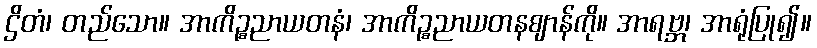
ဌိတံ၊ တည်သော။ အာကိဉ္စညာယတနံ၊ အာကိဉ္စညာယတနဈာန်ကို။ အာရဗ္ဘ၊ အာရုံပြု၍။